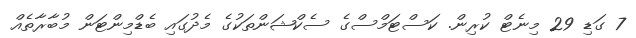
7 ގަޑި 29 މިނެޓް ކުރިން. ކަސްޓަމްސްގެ ސެކްޝަންތަކުގެ މެދުގައި ބެޑްމިންޓަން މުބާރާތެއް